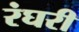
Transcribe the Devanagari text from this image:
रंघरी